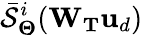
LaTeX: \bar{\mathcal{S}}_{\boldsymbol{\Theta}}^{i}(\mathbf{W}_{\mathbf{T}}\mathbf{u}_{d})